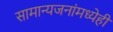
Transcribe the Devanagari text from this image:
सामान्यजनांमध्येही